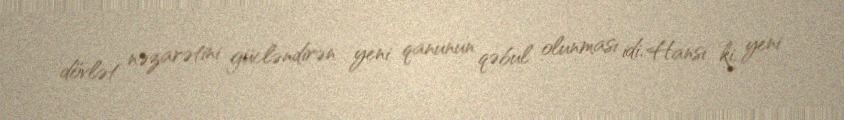
dövlət nəzarətini gücləndirən yeni qanunun qəbul olunması idi. Hansı ki, yeni